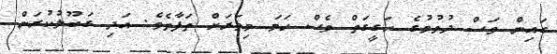
ގައިން ވަސް ދުވުމުގެ ހަގީގަތް ވެސް ހަމަ މިވަރަށް ތަފާތެވެ. އަދި ގަބޫލުކުރަން